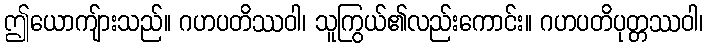
ဤယောကျ်ားသည်။ ဂဟပတိဿဝါ၊ သူကြွယ်၏လည်းကောင်း။ ဂဟပတိပုတ္တဿဝါ၊